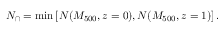
N _ { \cap } = \operatorname* { m i n } \left[ N ( M _ { 5 0 0 } , z = 0 ) , N ( M _ { 5 0 0 } , z = 1 ) \right] .